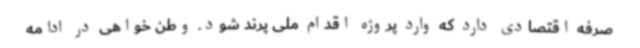
صرفه اقتصادی دارد که وارد پروژه اقدام ملی پرند شود. وطن خواهی در ادامه